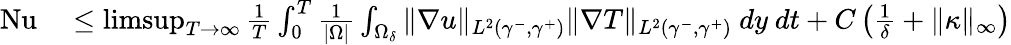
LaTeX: \begin{array}{rl}{\mathrm{{Nu}}}&{{}\leq\operatorname*{limsup}_{T\to\infty}\frac{1}{T}\int_{0}^{T}\frac{1}{|\Omega|}\int_{\Omega_{\delta}}\| \nabla u\| _{L^{2}(\gamma^{-},\gamma^{+})}\| \nabla T\| _{L^{2}(\gamma^{-},\gamma^{+})}\ dy\ dt+C\left(\frac{1}{\delta}+\| \kappa\| _{\infty}\right)}\end{array}